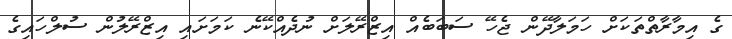
ގެ އިމާރާތްތަކަށް ހަމަލާދޭން ޖެހޭ ސަބަބެއް އިޒްރޭލަށް ނުދެއްކޭނެ ކަމަށައި އިޒްރޭލުން ސުލްހައިގެ